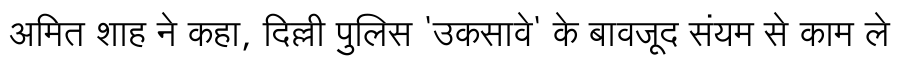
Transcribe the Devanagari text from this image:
अमित शाह ने कहा, दिल्ली पुलिस 'उकसावे' के बावजूद संयम से काम ले